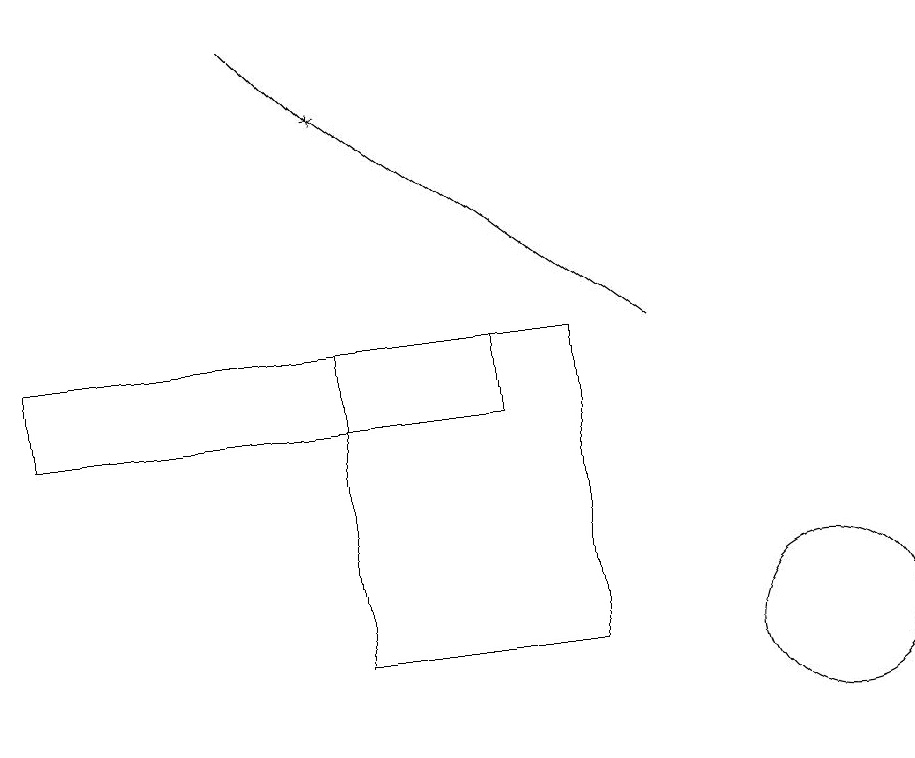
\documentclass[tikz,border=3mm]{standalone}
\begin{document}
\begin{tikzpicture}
\draw (4,15) rectangle (7,11);
\draw[->] (3,19) -- (4,18);
\draw[->] (8,15) -- (4,18);
\draw (6,15) rectangle (0,14);
\draw (10,11) circle (1);
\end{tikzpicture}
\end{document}